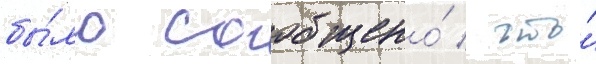
бы́ло сообщено́ / что́